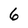
Character: 6